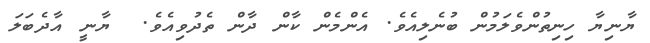
ޔާނިޔާ ހިނިތުންވެލަމުން ބުނެލިއެވެ. އެންމެން ކާން ދާން ތެދުވިއެވެ.  ޔާނީ އާދެބަލަ